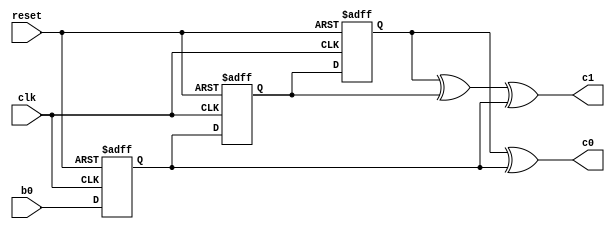
module convEncoder (
	input wire reset, // the active-high reset signal for the shift register
	input wire clk, // the clock signal that drives all the flip-flops
	input wire b0, // the bit going into the encoder
	output wire c0, // the first output bit
	output wire c1 // the second output bit
	);
	
	// ==== Define some useful internal signals ====
	reg FF1; // flip-flop 1 of the 3 flip-flop register
	reg FF2; // and flip-flop 2 etc.
	reg FF3;
	
	// ==== Output bits Logic ====
	// we can specify how each of the two bits is computed or calculated:
	assign c0 = (FF3 ^ FF1); // the first bit is the XOR between the outputs of flip-flop 1 and 3
	assign c1 = (FF3 ^ FF2 ^ FF1); // the second bit is the XOR between the outputs of all three flip-flops
	
	// ==== Shift register Logic ====
	always @ (posedge clk or posedge reset)
	begin
		if (reset) // i.e., if reset == 1
		begin
			FF3 <= 1'b0;
			FF2 <= 1'b0;
			FF1 <= 1'b0;
		end
		else // else, we are at the rising edge of a clock pulse
		begin
			FF3 <= FF2;
			FF2 <= FF1; // flip-flop 2 is loaded with the output of flip-flop 1 etc.
			FF1 <= b0; // flip-flop 1 takes whatever the input bit is
		end
	end
	
endmodule